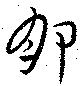
卵